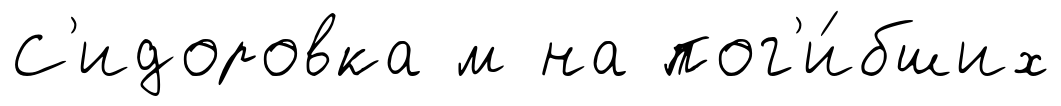
С'идоровка м на пог'и́бших